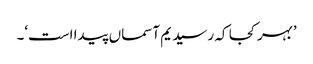
’بہر کجا کہ رسید یم آسماں پیدا است‘۔